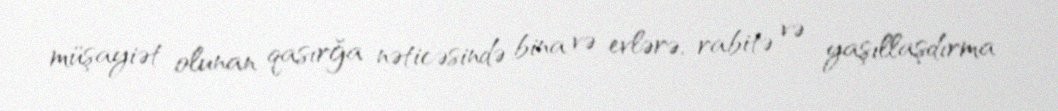
müşayiət olunan qasırğa nəticəsində bina və evlərə, rabitə və yaşıllaşdırma